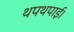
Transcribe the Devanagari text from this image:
थपथपाई।